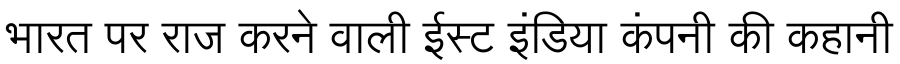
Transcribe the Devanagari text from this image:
भारत पर राज करने वाली ईस्ट इंडिया कंपनी की कहानी